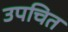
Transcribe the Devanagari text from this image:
उपचित